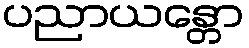
ပညာယန္တော